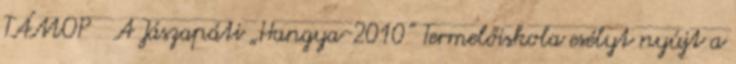
TÁMOP A Jászapáti „Hangya-2010” Termelőiskola esélyt nyújt a